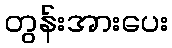
တွန်းအားပေး